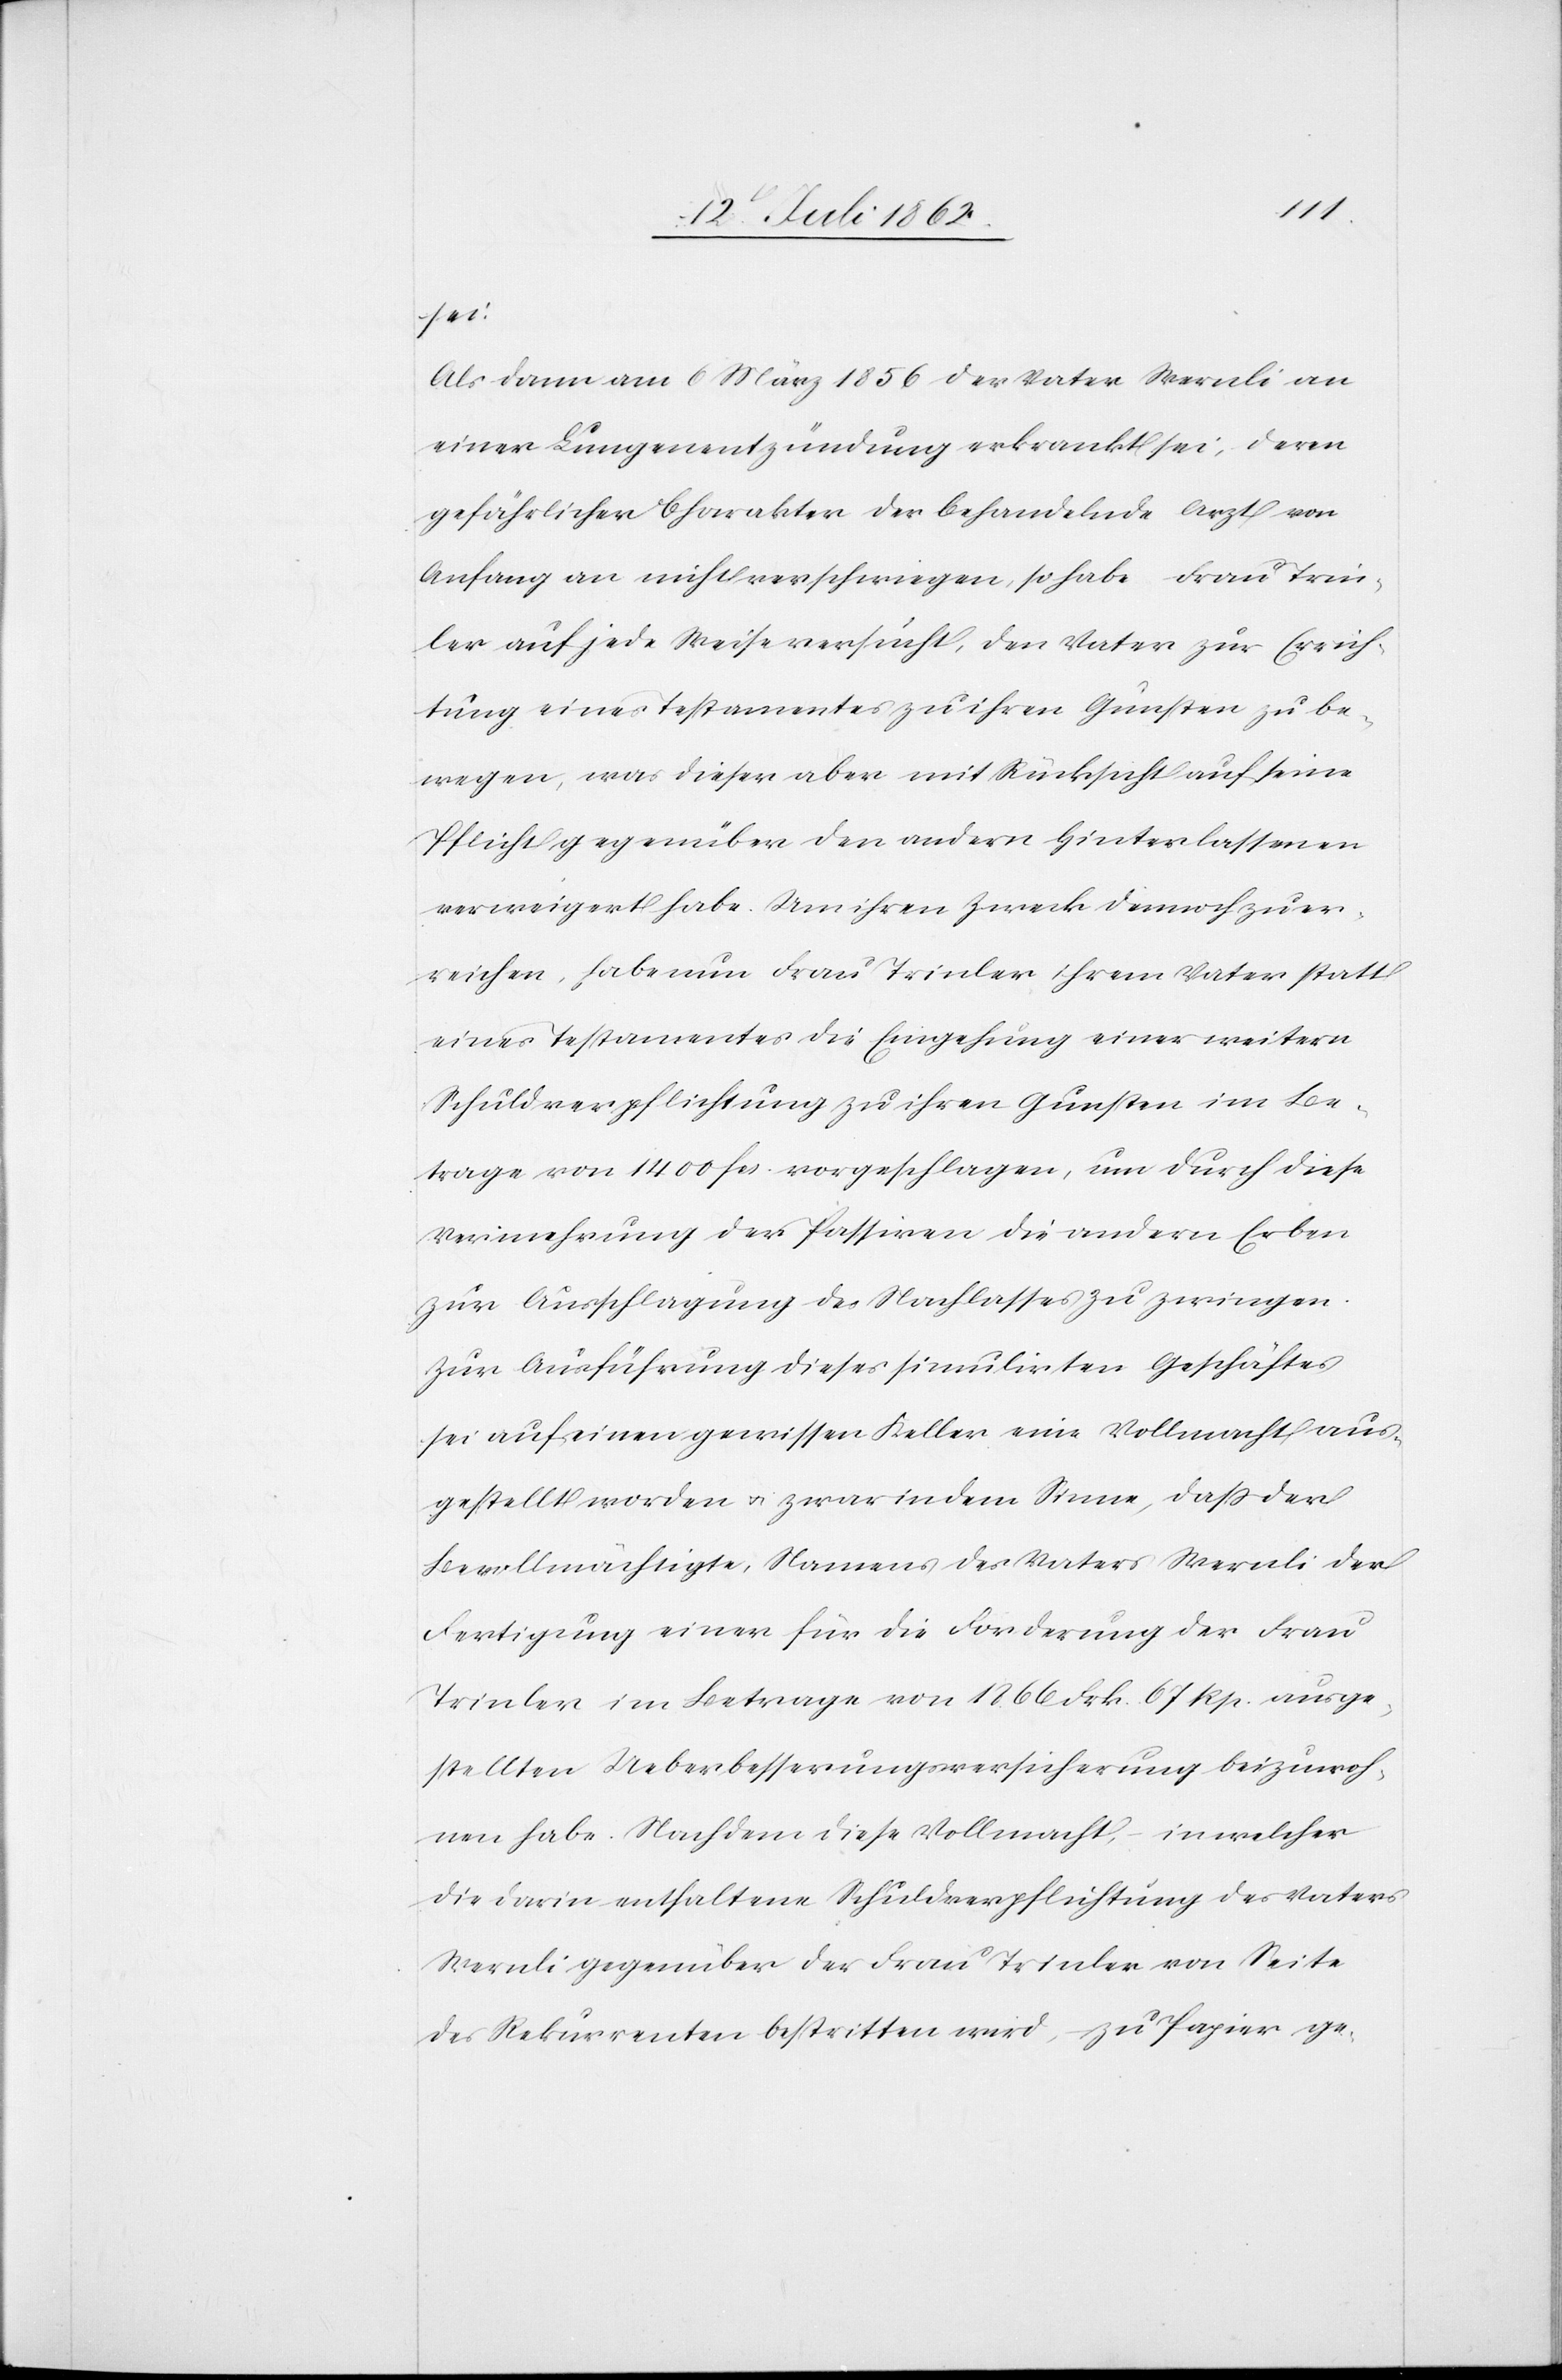
sei.
Als dann am 6. März 1856 der Vater Wernli an
einer Lungenentzündung erkrankt sei, deren
gefährlichen Charakter der behandelnde Arzt von
Anfang an nicht verschwiegen, so habe Frau Trin¬
ler auf jede Weise versucht, den Vater zur Errich¬
tung eines Testaments zu ihren Gunsten zu be¬
wegen, was dieser aber mit Rücksicht auf sein
Pflicht gegenüber den andern Hinterlassenen
verweigert habe. Um ihren Zweck dennoch zu er¬
reichen, habe nun Frau Trinler ihrem Vater statt
eines Testamentes die Eingehung einer weitern
Schuldverpflichtung zu ihren Gunsten im Be¬
trage von 1400 Fr. vorgeschlagen, um durch diese
Vermehrung der Passiven die andern Erben
zur Ausschlagung des Nachlasses zu zwingen.
Zur Ausführung dieses simulirten Geschäftes
sei auf einen gewissen Keller eine Vollmacht aus¬
gestellt worden u. zwar in dem Sinne, daß der
Bevollmächtigte, Namens des Vaters Wernli der
Fertigung einer für die Forderung der Frau
Trinler im Betrage von 1866 Frk. 67 Rp. ausge¬
stellten Ueberbesserungsversicherung beizuwoh¬
nen habe. Nachdem diese Vollmacht, in welcher
die darin enthaltene Schuldverpflichtung des Vaters
Wernli gegenüber der Frau Trinler von Seite
des Rekurrenten bestritten wird, zu Papier ge-